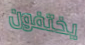
يختفون